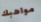
مواهبك